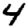
Digit: 4